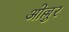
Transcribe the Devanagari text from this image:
ओल्लुर